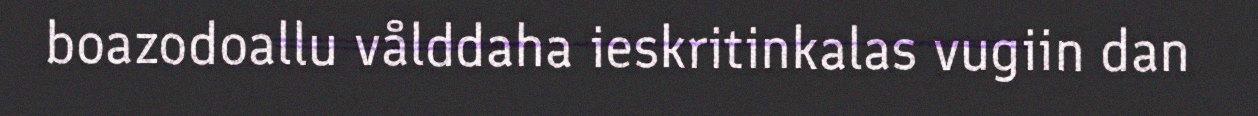
boazodoallu vålddaha ieskritinkalas vugiin dan